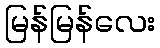
မြန်မြန်လေး